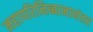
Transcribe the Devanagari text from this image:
महापरिनिब्बानानंतर